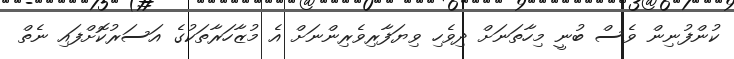
ކުންފުނިން ވެސް ބުނީ މިހާތަނަށް ދިވެހި ވިޔަފާރިވެރިންނަށް އެ މުޒާހަރާތަކުގެ އަސަރުކޮށްފައި ނެތް